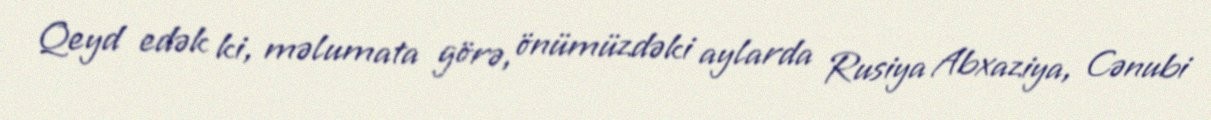
Qeyd edək ki, məlumata görə, önümüzdəki aylarda Rusiya Abxaziya, Cənubi